Annual report on the lock hospitals of the Madras Presidency
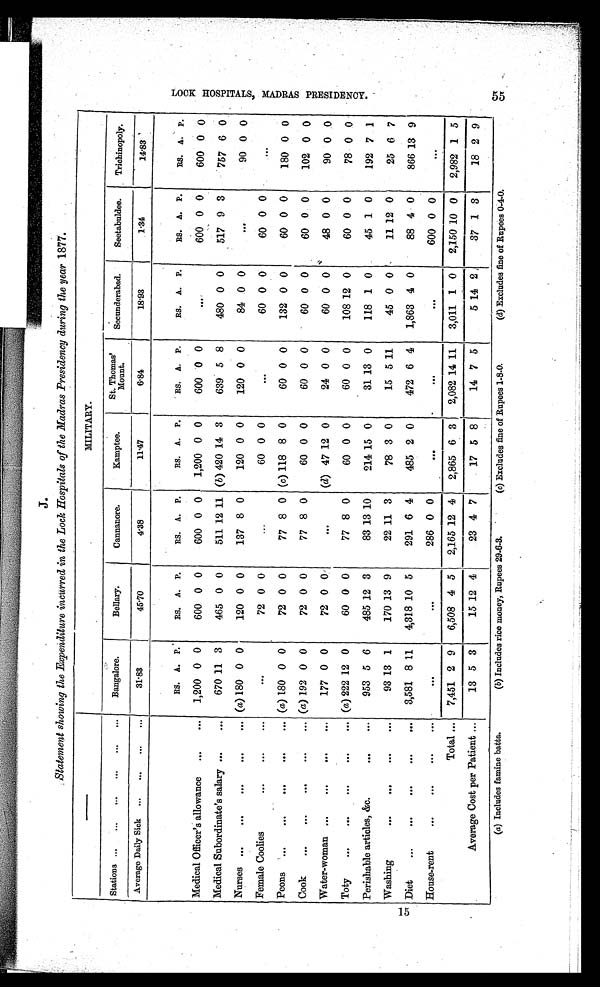
J.
Statement showing the Expenditure incürred in the Lock Hospitals of the Madras Presidency during the year 1877.
MILITARY.
Stations ...
...
...
...
...
...
Bangalore.
Bellary.
Cannanore.
kamptee.
St. Thomas'
Mount.
Secunderabad.
Seetabuldee.
Trichinopoly.
Average Daily Sick
...
...
...
...
31 83
45·70
4·38
11·47
6·84
18·93
1·34
14·83
RS. A. P.
RS. A. P.
RS. A. P.
RS. A. P.
RS. A. P.
RS. A. P.
RS. A. P.
RS. A. P.
Medical Officer's allowance
...
...
1,200 0 0
600 0 0
600 0 0
1,200 0 0
600 0 0
600 0 0
600 0 0
Medical Subordinate's salary ...
...
670 11 3
465 0 0
511 12 11 (b) 420 14 3
639 5 8
480 0 0
517 9 3
757 6 0
Nurses ...
...
...
...
... (a) 180 0 0
120 0 0
137 8 0
120 0 0
120 0 0
84 0 0
90 0 0
Female Coolies
. . .
. . .
. . .
72 0 0
60 0 0
60 0 0
60 0 0
Peons
...
...
...
...
... (a) 180 0 0
72 0 0
77 8 0 (c) 118 8 0
60 0 0
132 0 0
60 0 0
180 0 0
Cook
...
...
...
...
... (a) 192 0 0
72 0 0
77 8 0
60 0 0
60 0 0
60 0 0
60 0 0
102 0 0
Water-woman ...
...
...
...
177 0 0
72 0 0'
(d) 47 12 0
24 0 0
60 0 0
48 0 0
90 0 0
Toty
...
...
...
...
... (a) 222 12 0
60 0 0
77 8 0
60 0 0
60 0 0
108 12 0
60 0 0
78 0 0
Perishable articles, &amp;c.
...
...
953 5 6
485 12 3
83 13 10
214 15 0
31 13 0
118 1 0
45 1 0
192 7 1
Washing
...
...
. . .
. . .
93 13 1
170 13 9
22 11 3
78 3 0
15 5 11
45 0 0
11 12 0
25 6 7
Diet
...
...
...
...
...
3,581 8 11
4,318 10 5
291 6 4
485 2 0
472 6 4
1,863 4 0
88 4 0
866 13 9
House-rent
...
...
. . .
...
...
286 0 0
600 0 0
Total ...
7,451 2 9
6,508 4 5
2,165 12 4
2,865 6 3
2,082 14 11
3,011 1 0
2,150 10 0
2,982 1 5
Average Cost per Patient ...
13 5 3
15 12 4
23 4 7
17 5 8 1
14 7 5
5 14 2
37 1 3
18 2 9
(a) Includes famine batta.
(b) Includes rice money, Rupees 29.6.3.
(c) Excludes fine of Rupees 1-8-0.
(d) Excludes fine of Rupees 0-4-0
Lock Hospitals,Madras Presidency.